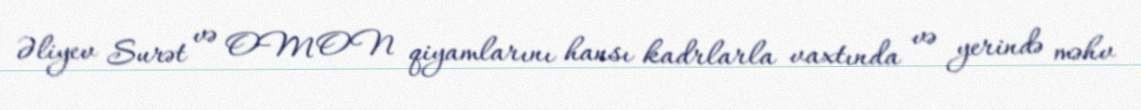
Əliyev Surət və OMON qiyamlarını hansı kadrlarla vaxtında və yerində məhv